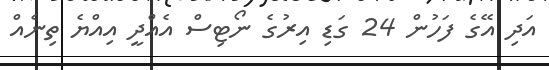
އަދި އޭގެ ފަހުން 24 ގަޑި އިރުގެ ނޯޓިސް އެއްދީ އިއްޔެ ތިނެއް